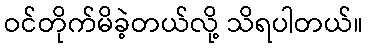
ဝင်တိုက်မိခဲ့တယ်လို့ သိရပါတယ်။